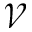
\mathscr { V }